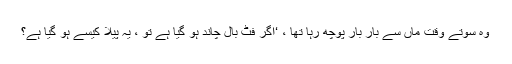
وہ سوتے وقت ماں سے بار بار پوچھ رہا تھا ، ‘اگر فٹ بال چاند ہو گیا ہے تو ، یہ پیلا کیسے ہو گیا ہے؟